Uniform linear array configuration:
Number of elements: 32
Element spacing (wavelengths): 0.75
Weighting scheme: binomial
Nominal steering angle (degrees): -45
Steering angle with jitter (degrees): -46.372
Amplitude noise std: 0.05
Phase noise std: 0.05

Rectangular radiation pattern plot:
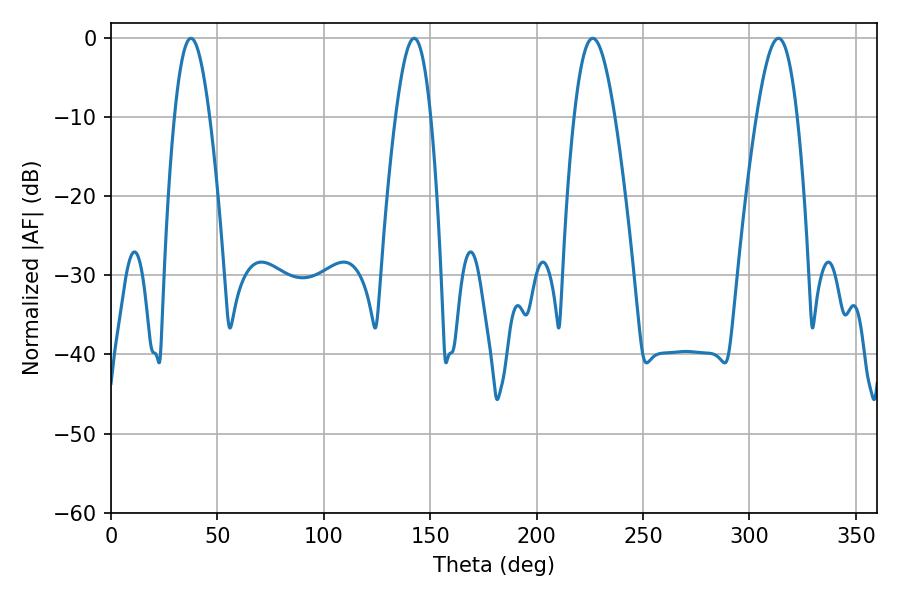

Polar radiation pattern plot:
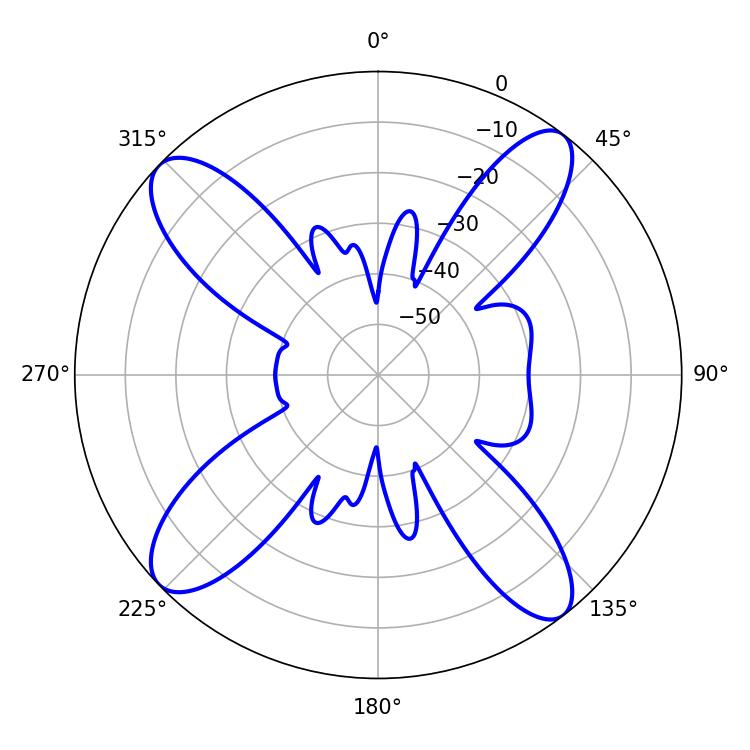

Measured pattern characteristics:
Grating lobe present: TRUE
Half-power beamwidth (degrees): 8.82
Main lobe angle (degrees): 37.62